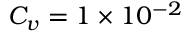
C _ { v } = 1 \times 1 0 ^ { - 2 }